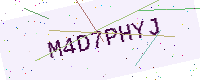
Text: M4D7PHYJ